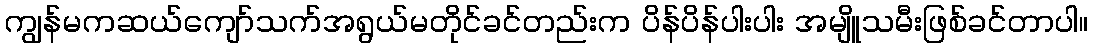
ကျွန်မကဆယ်ကျော်သက်အရွယ်မတိုင်ခင်တည်းက ပိန်ပိန်ပါးပါး အမျိူသမီးဖြစ်ခင်တာပါ။